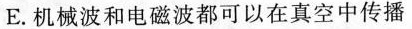
E.机械波和电磁波都可以在真空中传播